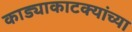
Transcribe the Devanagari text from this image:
काड्याकाटक्यांच्या